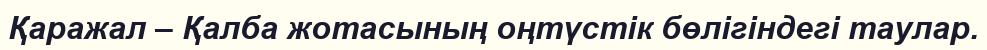
Қаражал – Қалба жотасының оңтүстік бөлігіндегі таулар.